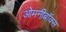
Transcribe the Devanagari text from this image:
ओमनीबॉक्स